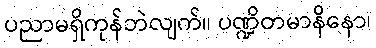
ပညာမရှိကုန်ဘဲလျက်။ ပဏ္ဍိတမာနိနော၊